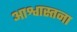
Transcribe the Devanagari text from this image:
आश्वास्तना